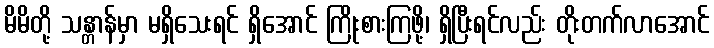
မိမိတို့ သန္တာန်မှာ မရှိသေးရင် ရှိအောင် ကြိုးစားကြဖို့၊ ရှိပြီးရင်လည်း တိုးတက်လာအောင်